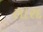
સારદ